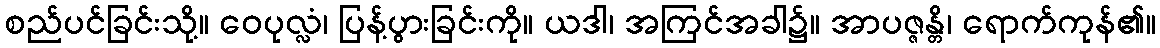
စည်ပင်ခြင်းသို့။ ဝေပုလ္လံ၊ ပြန့်ပွားခြင်းကို။ ယဒါ၊ အကြင်အခါ၌။ အာပဇ္ဇန္တိ၊ ရောက်ကုန်၏။